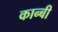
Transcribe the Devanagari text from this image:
कान्बी